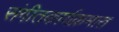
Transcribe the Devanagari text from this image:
संगीतकार्यक्रमात